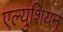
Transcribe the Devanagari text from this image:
एल्युशियन